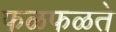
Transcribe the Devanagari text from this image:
फळफळते